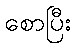
စောပြီး